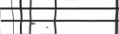
- .